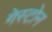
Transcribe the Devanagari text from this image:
गेस्टोन